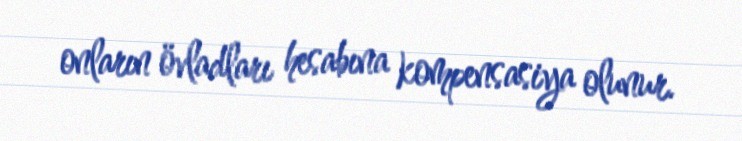
onların övladları hesabına kompensasiya olunur.